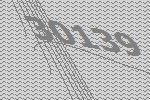
30139